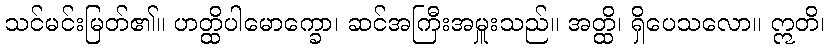
သင်မင်းမြတ်၏။ ဟတ္ထိပါမောက္ခော၊ ဆင်အကြီးအမှူးသည်။ အတ္ထိ၊ ရှိပေသလော။ ဣတိ၊